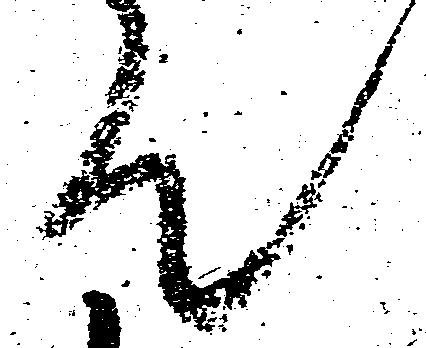
て